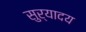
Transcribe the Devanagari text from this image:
सुर्यादय